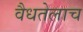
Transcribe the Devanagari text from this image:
वैधतेलाच